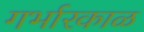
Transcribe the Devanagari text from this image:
गर्भारकाळ